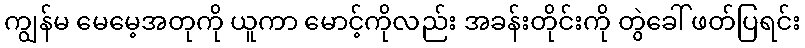
ကျွန်မ မေမေ့အတုကို ယူကာ မောင့်ကိုလည်း အခန်းတိုင်းကို တွဲခေါ် ဖတ်ပြရင်း